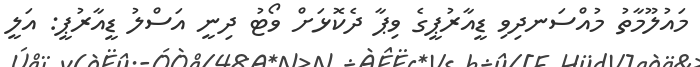
މައުލޫމާތު މުއްސަނދިވި ޑީއާރުޕީގެ ވިޕާ ދެކޮޅަށް ވޯޓު ދިނީ އަސްލު ޑީއާރުޕީ: އަލީ